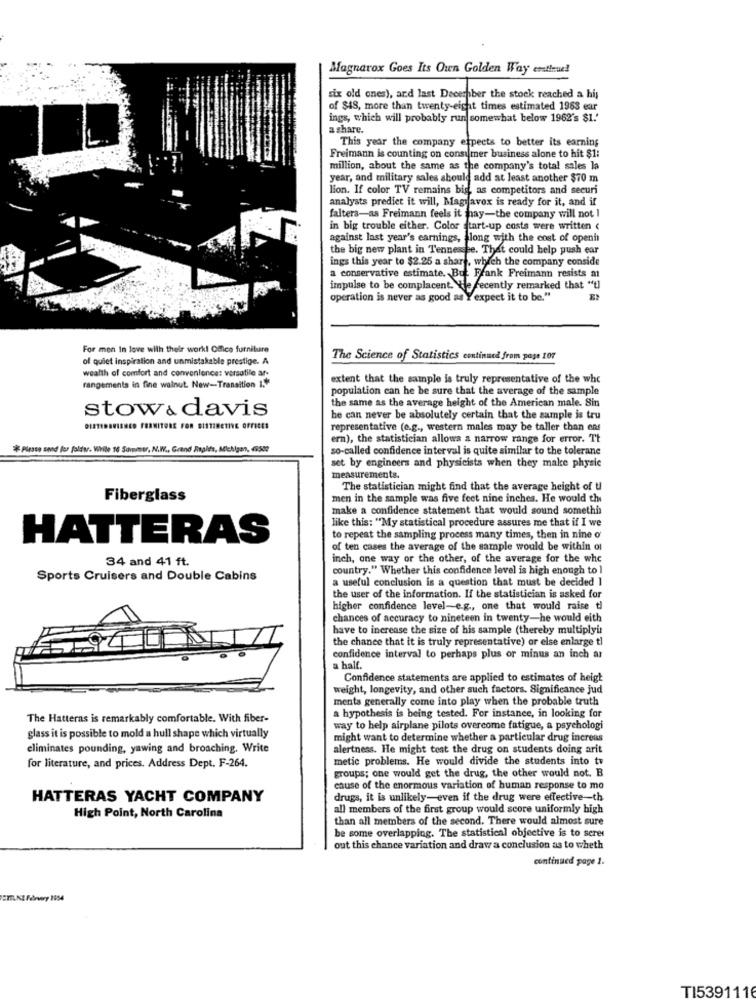
Magnavox Goes Its Own Golden Way esttrue!
six old ones), and last Decepber the stock reached a his
of $48, more than twenty-eight times estimated 1963 ear
ings, which will probably run somewhat below 1962's $1.'
a share.
This year the company expects to better its earning
Freimann is counting on consumer business alone to hit $1:
million, about the same as the company's total sales la
year, and military sales should add at least another $70 m
lion. If color TV remains bis, as competitors and securi
analysts predict it will, Magiavox is ready for it, and if
falters-as Freimann feels it hay-the company will not I
in big trouble either. Color start-up costs were written <
against last year's earnings, along with the cost of openin
the big new plant in Tennessee. That could help push ear
ings this year to $2.25 a share, which the company conside
a conservative estimate. But. Frank Freimann resists a
impulse to be complacent. We recently remarked that "t]
operation is never as good as Yexpect it to be."
For men In love with their work! Office furniture
of quiet inspiration and unmistakable prestige. A
The Science of Statistics continued from page 107
wealth of comfort and convenience: versatile ar-
extent that the sample is truly representative of the whe
rangements in fine walnut. New-Transition I.+
population can he be sure that the average of the sample
the same as the average height of the American male. Sin
stow & davis
he can never be absolutely certain that the sample is tru
DIETIDEVISNC0 FORNITORE FOR SISTINETIVE OFFICES
representative (e.g ., western males may be taller than ens
ern), the statistician allows a narrow range for error. Tt
* Please send for foldar. While 16 Sommer, N.W ., Grand Rapids, Michigan, 49502
so-called confidence interval is quite similar to the tolerane
set by engineers and physicists when they make physic
measurements.
The statistician might find that the average height of u
Fiberglass
men in the sample was five feet nine inches. He would thi
make a confidence statement that would sound somethin
like this: "My statistical procedure assures me that if I we
HATTERAS
to repeat the sampling process many times, then in nine o'
of ten cases the average of the sample would be within of
34 and 41 ft.
inch, one way or the other, of the average for the whe
country." Whether this confidence level is high enough to 1
Sports Cruisers and Double Cabins
a useful conclusion is a question that must be decided 1
the user of the information. If the statistician is asked for
higher confidence level-e.g ., one that would raise ti
chances of accuracy to nineteen in twenty-he would eith
have to increase the size of his sample (thereby multiplyi
the chance that it is truly representative) or else enlarge tl
confidence interval to perhaps plus or minus an inch ar
a half.
Confidence statements are applied to estimates of heigh
weight, longevity, and other such factors. Significance jud
ments generally come into play when the probable truth
The Hatteras is remarkably comfortable. With fiber-
a hypothesis is being tested. For instance, in looking for
way to help airplane pilots overcome fatigue, a psychologi
glass it is possible to mold a hull shape which virtually
might want to determine whether a particular drug increas
eliminates pounding, yawing and broaching. Write
alertness. He might test the drug on students doing arit
metic problems. He would divide the students into tv
for literature, and prices. Address Dept. F-264.
groups; one would get the drug, the other would not. B
cause of the enormous variation of human response to mo
HATTERAS YACHT COMPANY
drugs, it is unlikely-even if the drug were effective-th
all members of the first group would score uniformly high
High Point, North Carolina
than all members of the second. There would almost sure
be some overlapping. The statistical objective is to serer
out this chance variation and draw a conclusion as to wheth
continued page 1.
TI539111